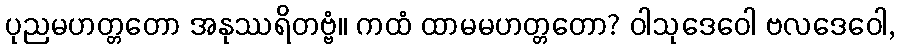
ပုညမဟတ္တတော အနုဿရိတဗ္ဗံ။ ကထံ ထာမမဟတ္တတော? ဝါသုဒေဝေါ ဗလဒေဝေါ,